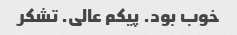
خوب بود. پیکم عالی. تشکر